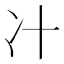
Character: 𰃵